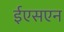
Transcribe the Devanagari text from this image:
ईएसएन